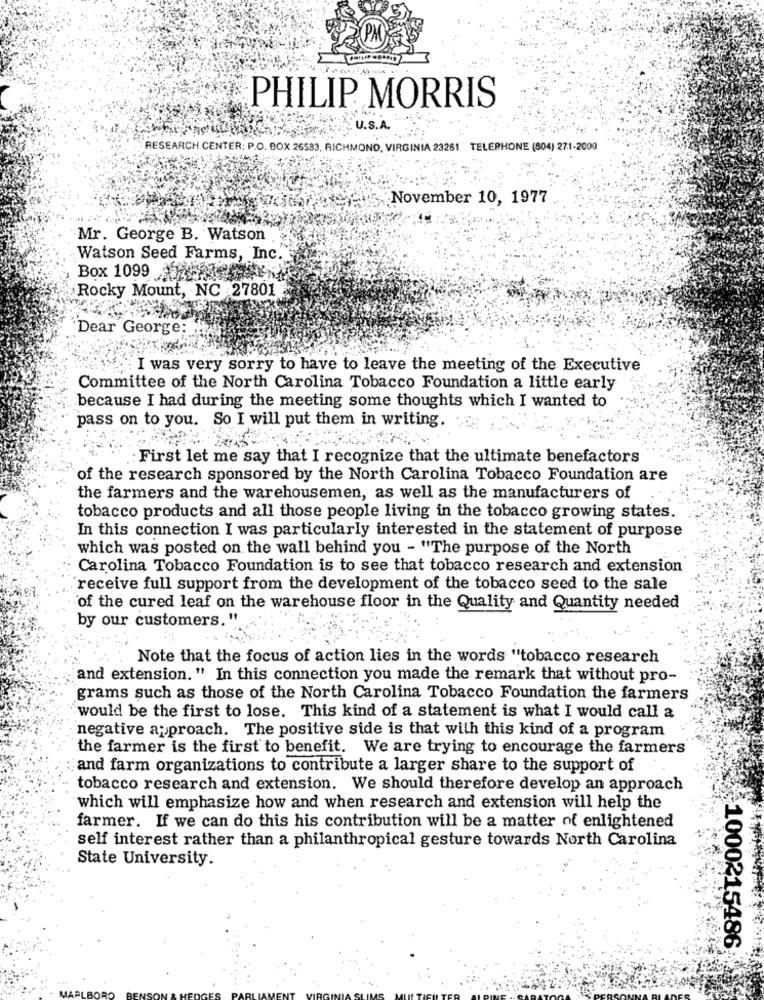
PHILIP MORRIS
U.S.A.
RESEARCH CENTER: P.O. BOX 26583, RICHMOND, VIRGINIA 23261 TELEPHONE (804) 271-2000
November 10, 1977
Mr. George B. Watson
Watson Seed Farms, Inc.
Box 1099 7
Rocky Mount, NC 27801
'Dear George:
I was very sorry to have to leave the meeting of the Executive
Committee of the North Carolina Tobacco Foundation a little early
because I had during the meeting some thoughts which I wanted to
pass on to you. So I will put them in writing.
First let me say that I recognize that the ultimate benefactors
of the research sponsored by the North Carolina Tobacco Foundation are
the farmers and the warehousemen, as well as the manufacturers of
tobacco products and all those people living in the tobacco growing states.
In this connection I was particularly interested in the statement of purpose
which was posted on the wall behind you - "The purpose of the North
Carolina Tobacco Foundation is to see that tobacco research and extension
receive full support from the development of the tobacco seed to the sale
of the cured leaf on the warehouse floor in the Quality and Quantity needed
by our customers."
Note that the focus of action lies in the words "tobacco research
and extension." In this connection you made the remark that without pro-
grams such as those of the North Carolina Tobacco Foundation the farmers
would be the first to lose. This kind of a statement is what I would call a
negative approach. The positive side is that with this kind of a program
the farmer is the first to benefit. We are trying to encourage the farmers
and farm organizations to contribute a larger share to the support of
tobacco research and extension. We should therefore develop an approach
which will emphasize how and when research and extension will help the
farmer. If we can do this his contribution will be a matter of enlightened
self interest rather than a philanthropical gesture towards North Carolina
State University.
1000215486